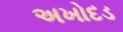
અખોદડ